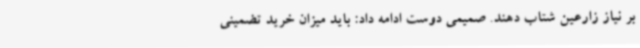
بر نیاز زارعین شتاب دهند. صمیمی دوست ادامه داد: باید میزان خرید تضمینی